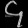
Digit: ၄